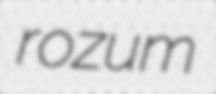
rozum